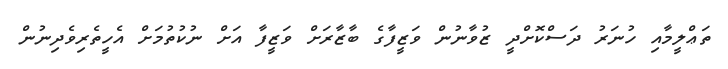
ތަޢްލީމާއި ހުނަރު ދަސްކޮށްދީ ޒުވާނުން ވަޒީފާގެ ބާޒާރަށް ވަޒީފާ އަށް ނުކުތުމަށް އެހީތެރިވެދިނުން